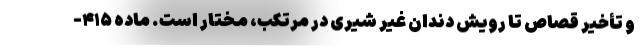
و تأخیر قصاص تا رویش دندان غیر شیری در مرتکب، مختار است. ماده ۴۱۵-